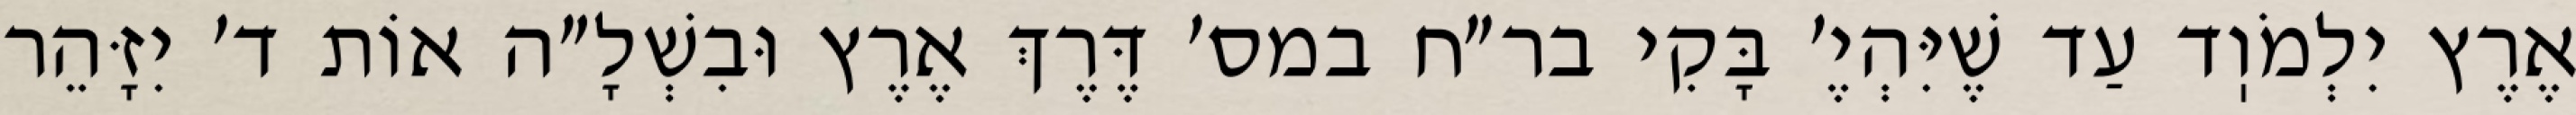
אֶרֶץ יִלְמֹוֽד עַד שֶׁיִּהְיֶ׳ בָּקִי בר״ח במס׳ דֶּרֶךְ אֶרֶץ וּבִשְׁלָ״ה אוֹת ד׳ יִזָּהֵר